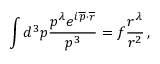
\int d ^ { 3 } p \frac { p ^ { \lambda } e ^ { i \overline { { { p } } } \cdot \overline { { { r } } } } } { p ^ { 3 } } = f \frac { r ^ { \lambda } } { r ^ { 2 } } \, ,